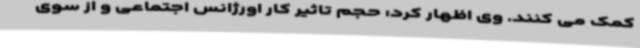
کمک می کنند. وی اظهار کرد: حجم تاثیر کار اورژانس اجتماعی و از سوی